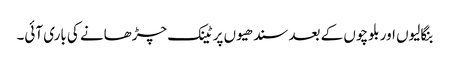
بنگالیوں اور بلوچوں کے بعد سندھیوں پر ٹینک چڑھانے کی باری آئی۔